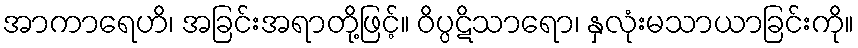
အာကာရေဟိ၊ အခြင်းအရာတို့ဖြင့်။ ဝိပ္ပဋိသာရော၊ နှလုံးမသာယာခြင်းကို။